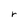
Character: r